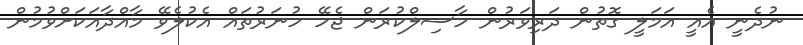
ނުދެނީ އެއީ އަމަލީ ގޮތުން ދަރިވަރުން ހާސިލްކުރަން ޖެހޭ ހުނަރުތައް އެކުލެވޭ މާއްދާއަކަށްވުމުން